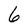
Character: 6